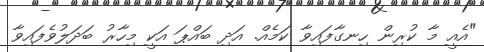
"އެއީ މާ ކުރިން ހިނގާފައިވާ ކަމެއް. އަދި ބައްޕަ އަކީ މިހާރު ބަދަލުވެފައިވާ